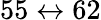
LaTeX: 55\leftrightarrow 62